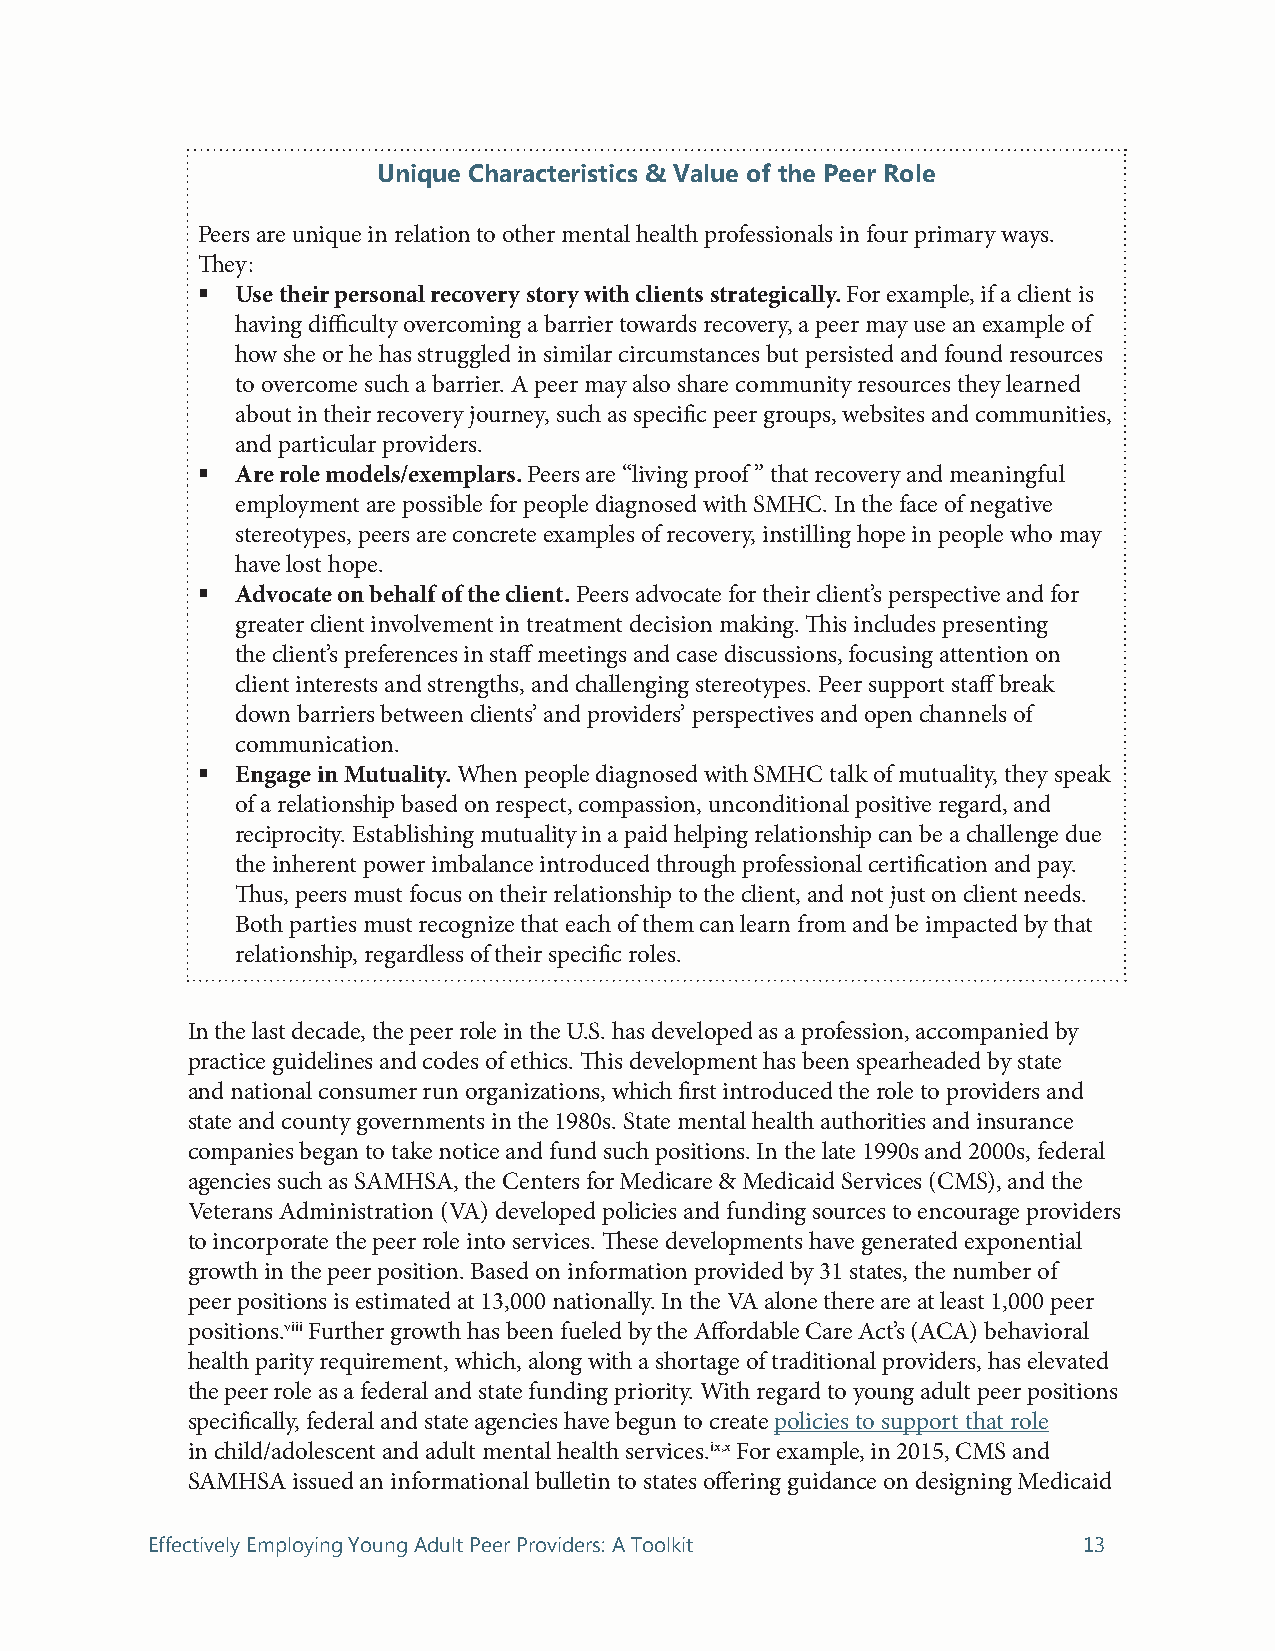
Unique Characteristics & Value of the Peer Role
 Peers are unique in relation to other mental health professionals in four primary ways.
 They:
   Use their personal recovery story with clients strategically. For example, if a client is
 having difficulty overcoming a barrier towards recovery, a peer may use an example of
 how she or he has struggled in similar circumstances but persisted and found resources
 to overcome such a barrier. A peer may also share community resources they learned
 about in their recovery journey, such as specific peer groups, websites and communities,
 and particular providers.
   Are role models/exemplars. Peers are “living proof ” that recovery and meaningful
 employment are possible for people diagnosed with SMHC. In the face of negative
 stereotypes, peers are concrete examples of recovery, instilling hope in people who may
 have lost hope.
   Advocate on behalf of the client. Peers advocate for their client’s perspective and for
 greater client involvement in treatment decision making. This includes presenting
 the client’s preferences in staff meetings and case discussions, focusing attention on
 client interests and strengths, and challenging stereotypes. Peer support staff break
 down barriers between clients’ and providers’ perspectives and open channels of
 communication.
   Engage in Mutuality. When people diagnosed with SMHC talk of mutuality, they speak
 of a relationship based on respect, compassion, unconditional positive regard, and
 reciprocity. Establishing mutuality in a paid helping relationship can be a challenge due
 the inherent power imbalance introduced through professional certification and pay.
 Thus, peers must focus on their relationship to the client, and not just on client needs.
 Both parties must recognize that each of them can learn from and be impacted by that
 relationship, regardless of their specific roles.
 In the last decade, the peer role in the U.S. has developed as a profession, accompanied by
 practice guidelines and codes of ethics. This development has been spearheaded by state
 and national consumer run organizations, which first introduced the role to providers and
 state and county governments in the 1980s. State mental health authorities and insurance
 companies began to take notice and fund such positions. In the late 1990s and 2000s, federal
 agencies such as SAMHSA, the Centers for Medicare & Medicaid Services (CMS), and the
 Veterans Administration (VA) developed policies and funding sources to encourage providers
 to incorporate the peer role into services. These developments have generated exponential
 growth in the peer position. Based on information provided by 31 states, the number of
 peer positions is estimated at 13,000 nationally. In the VA alone there are at least 1,000 peer
 positions.viii Further growth has been fueled by the Affordable Care Act’s (ACA) behavioral
 health parity requirement, which, along with a shortage of traditional providers, has elevated
 the peer role as a federal and state funding priority. With regard to young adult peer positions
 specifically, federal and state agencies have begun to create policies to support that role
 in child/adolescent and adult mental health services.ix,x For example, in 2015, CMS and
 SAMHSA issued an informational bulletin to states offering guidance on designing Medicaid
 Effectively Employing Young Adult Peer Providers: A Toolkit   13